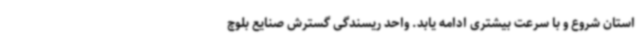
استان شروع و با سرعت بیشتری ادامه یابد. واحد ریسندگی گسترش صنایع بلوچ